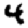
Digit: 4